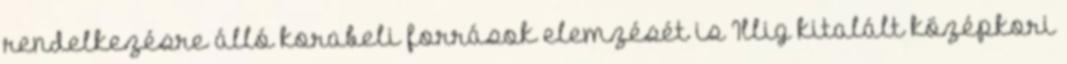
rendelkezésre álló korabeli források elemzését is Illig kitalált középkori